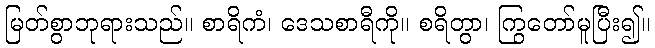
မြတ်စွာဘုရားသည်။ စာရိကံ၊ ဒေသစာရီကို။ စရိတွာ၊ ကြွတော်မူပြီး၍။